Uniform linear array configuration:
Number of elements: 64
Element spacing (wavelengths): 0.5
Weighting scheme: cosine
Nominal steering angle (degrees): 0
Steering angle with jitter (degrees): -1.342
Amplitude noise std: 0.05
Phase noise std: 0.05

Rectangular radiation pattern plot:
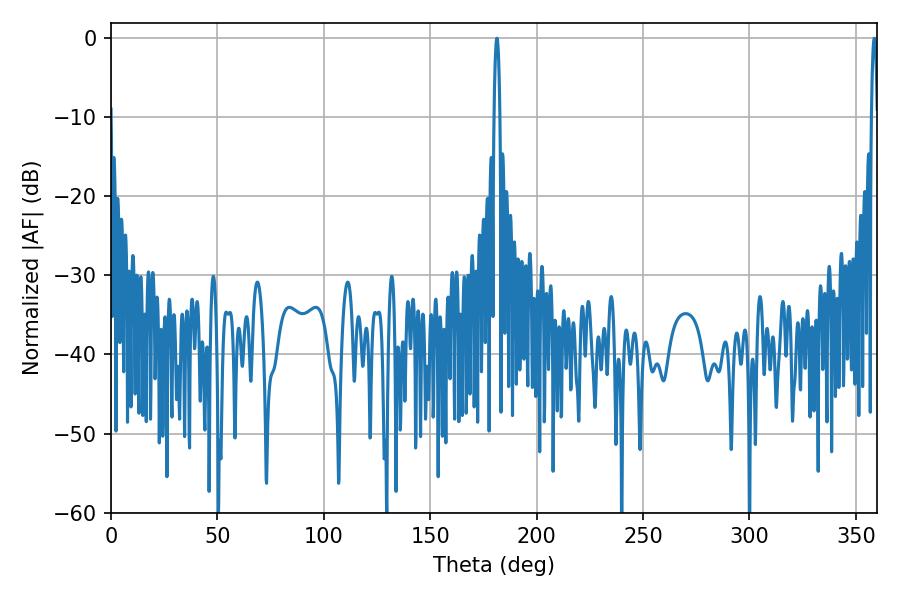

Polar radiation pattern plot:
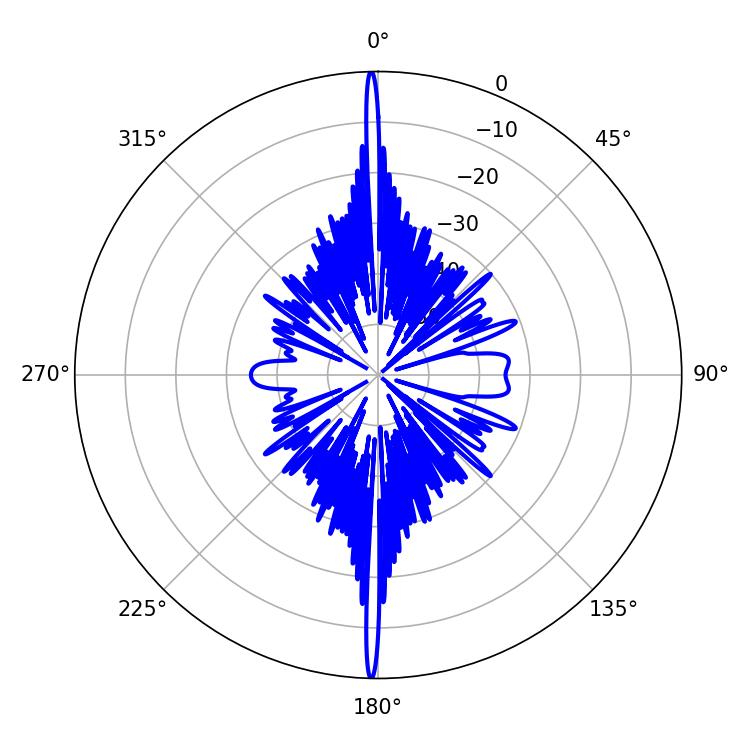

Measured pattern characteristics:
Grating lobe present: FALSE
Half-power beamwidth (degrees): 1.62
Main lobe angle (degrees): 181.26